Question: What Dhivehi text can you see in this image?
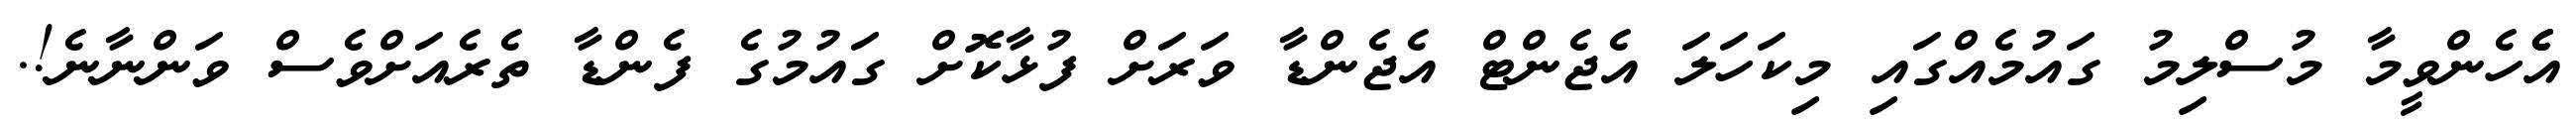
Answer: އެެެހެންވީމާ މުސްލިމު ގައުމެއްގައި މިކަހަލަ އެޖެންޓް އެޖެންޑާ ވަރަށް ފުޅާކޮށް ގައުމުގެ ފެންޑާ ތެރެއަށްވެސް ވަންނާނެ!.